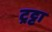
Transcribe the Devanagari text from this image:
ट्रट्टा